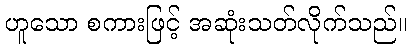
ဟူသော စကားဖြင့် အဆုံးသတ်လိုက်သည်။